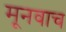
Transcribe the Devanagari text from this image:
मूनवाच